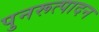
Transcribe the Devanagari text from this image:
पुनरूत्पादन